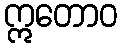
ဣတောဝ